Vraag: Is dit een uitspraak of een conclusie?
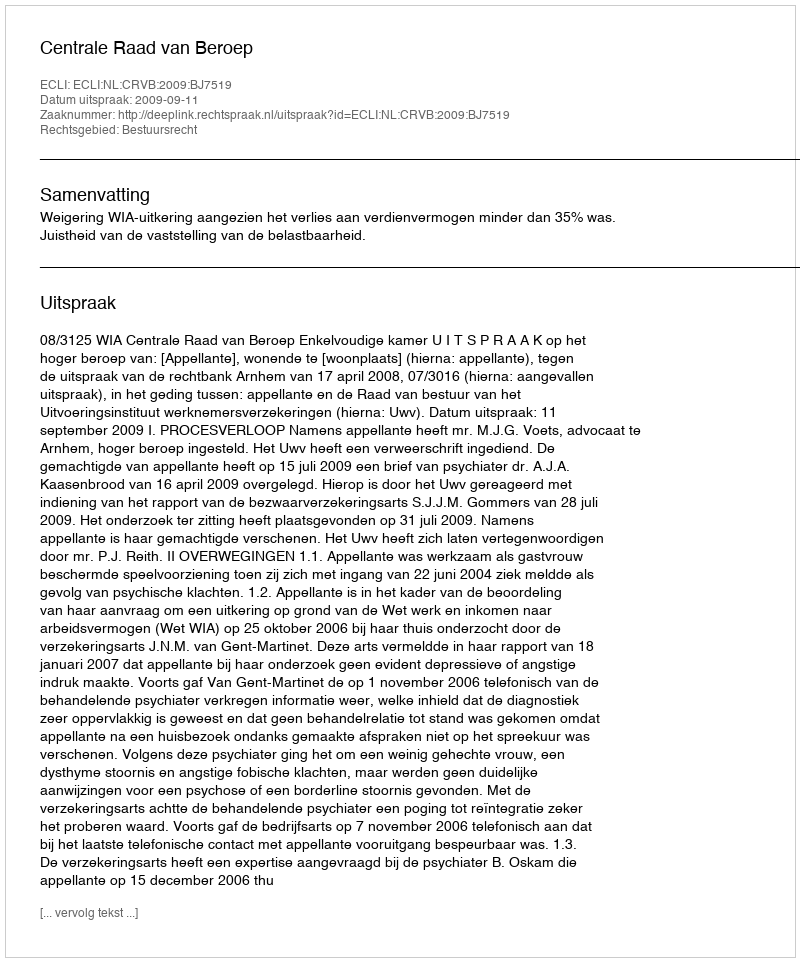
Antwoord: Uitspraak